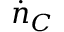
\dot { n } _ { C }